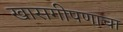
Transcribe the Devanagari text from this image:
खासगीपणाचा